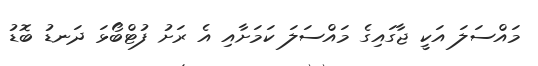
މައްސަލަ އަކީ ޖާގައިގެ މައްސަލަ ކަމަށާއި އެ ރަށު ފުޓްބޯޅަ ދަނޑު ބޮޑު